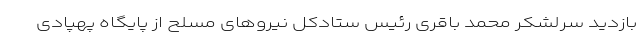
بازدید سرلشکر محمد باقری رئیس ستادکل نیروهای مسلح از پایگاه پهپادی